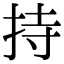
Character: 持